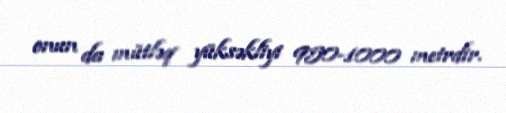
onun da mütləq yüksəkliyi 950-1000 metrdir.